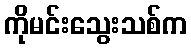
ကိုမင်းသွေးသစ်က